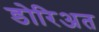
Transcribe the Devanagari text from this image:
डोरिअत